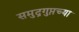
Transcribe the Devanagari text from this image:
समुद्रगुप्तच्या